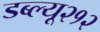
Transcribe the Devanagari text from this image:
डब्ल्यू२१२